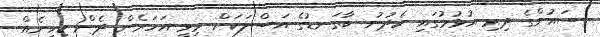
ސައުންގެ ދިރި އުޅުމުގައި ހެދުނު ބާގަނޑުގެ އަސްލަކަށް މިވީ އަހަރެން ދެން ކިހިނެއް